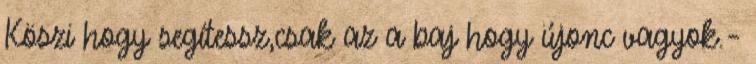
Köszi hogy segítessz,csak az a baj hogy újonc vagyok.–